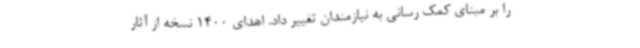
را بر مبنای کمک رسانی به نیازمندان تغییر داد. اهدای 1400 نسخه از آثار